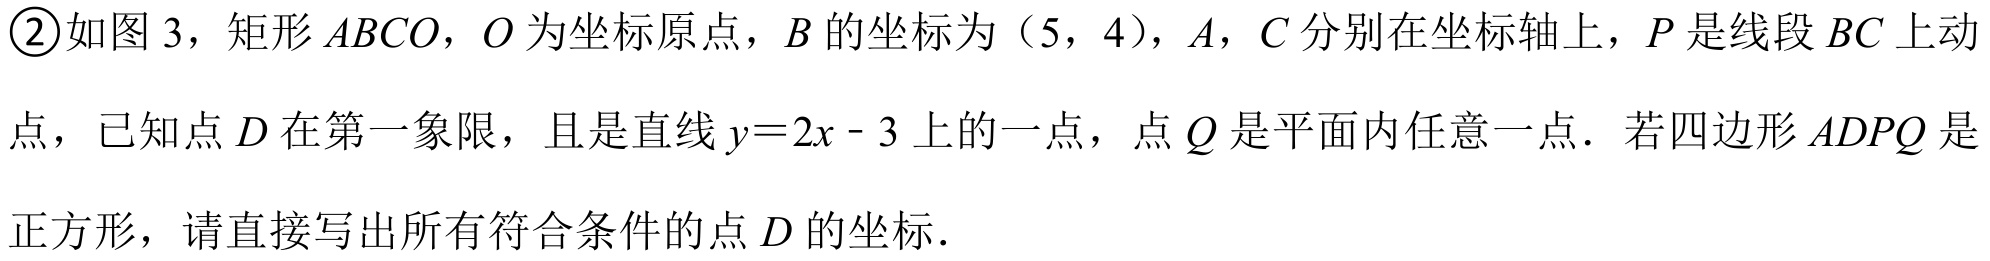
\textcircled{2}如图3，矩形\(ABCO\)，\(O\)为坐标原点，\(B\)的坐标为（5，4），\(A\)，\(C\)分别在坐标轴上，\(P\)是线段\(BC\)上动点，已知点\(D\)在第一象限，且是直线\(y = 2x - 3\)上的一点，点\(Q\)是平面内任意一点．若四边形\(ADPQ\)是正方形，请直接写出所有符合条件的点\(D\)的坐标．